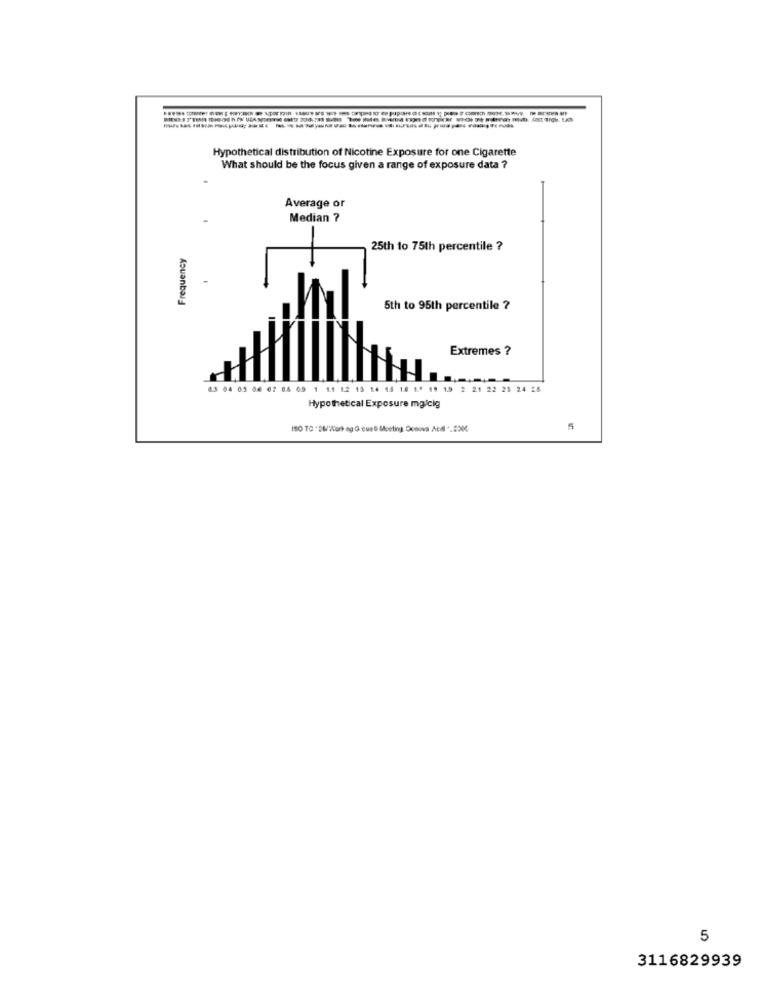
Hypothetical distribution of Nicotine Exposure for one Cigarette
What should be the focus given a range of exposure data ?
Average or
Median ?
Frequency
25th to 75th percentile ?
5th to 95th percentile ?
Extremes ?
6.3 04 05 06 67 06 09 1 1.1 1.2 13 14 15 1.6 1.º 19 1.5 2 21 22 23 24 25
Hypothetical Exposure mglcig
ISO TO *26/2ur) eg Q eus Meeting Dosova Acdl ".8244
5
3116829939